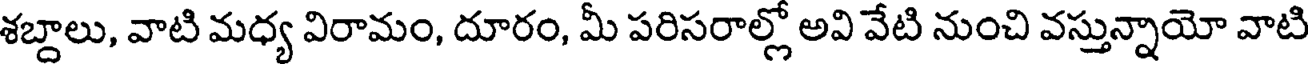
శబ్దాలు, వాటి మధ్య విరామం, దూరం, మీ పరిసరాల్లో అవి వేటి నుంచి వస్తున్నాయో వాటి